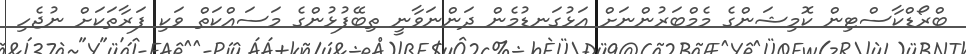
ބްރޯޑްކާސްޓިން ކޮމިޝަންގެ މެމްބަރުންނަށް އަޅުގަނޑުމެން ދަންނަވާނީ ތިބޭފުޅުންގެ މަސައްކަތް ވަކި ފަރާތަކަށް ނުޖެހި